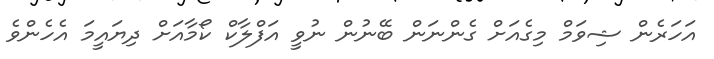
އަހަރެން ޝިވަމް މިގެއަށް ގެންނަން ބޭނުން ނުވީ އަފްލާކް ކޯމާއަށް ދިޔައީމަ އެހެންވެ